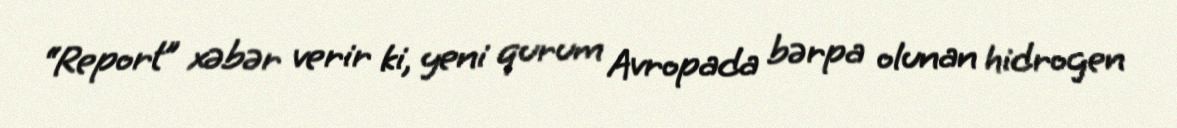
“Report” xəbər verir ki, yeni qurum Avropada bərpa olunan hidrogen